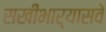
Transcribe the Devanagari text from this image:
सखीभार्यासवे